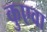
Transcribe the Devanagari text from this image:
कुएवा